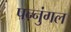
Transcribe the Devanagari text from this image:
पन्नुंगल